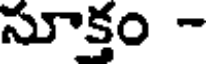
సూక్తం -